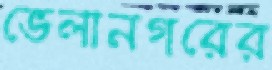
ভেলানগরের